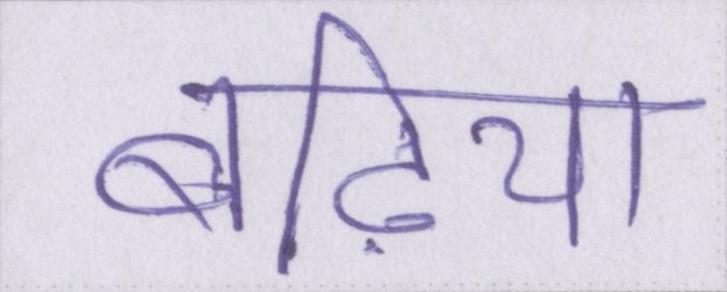
बढ़िया